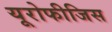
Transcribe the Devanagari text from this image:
यूरोफीजिस